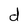
Character: d